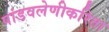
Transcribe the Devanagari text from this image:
पांडवलेणीकरिता